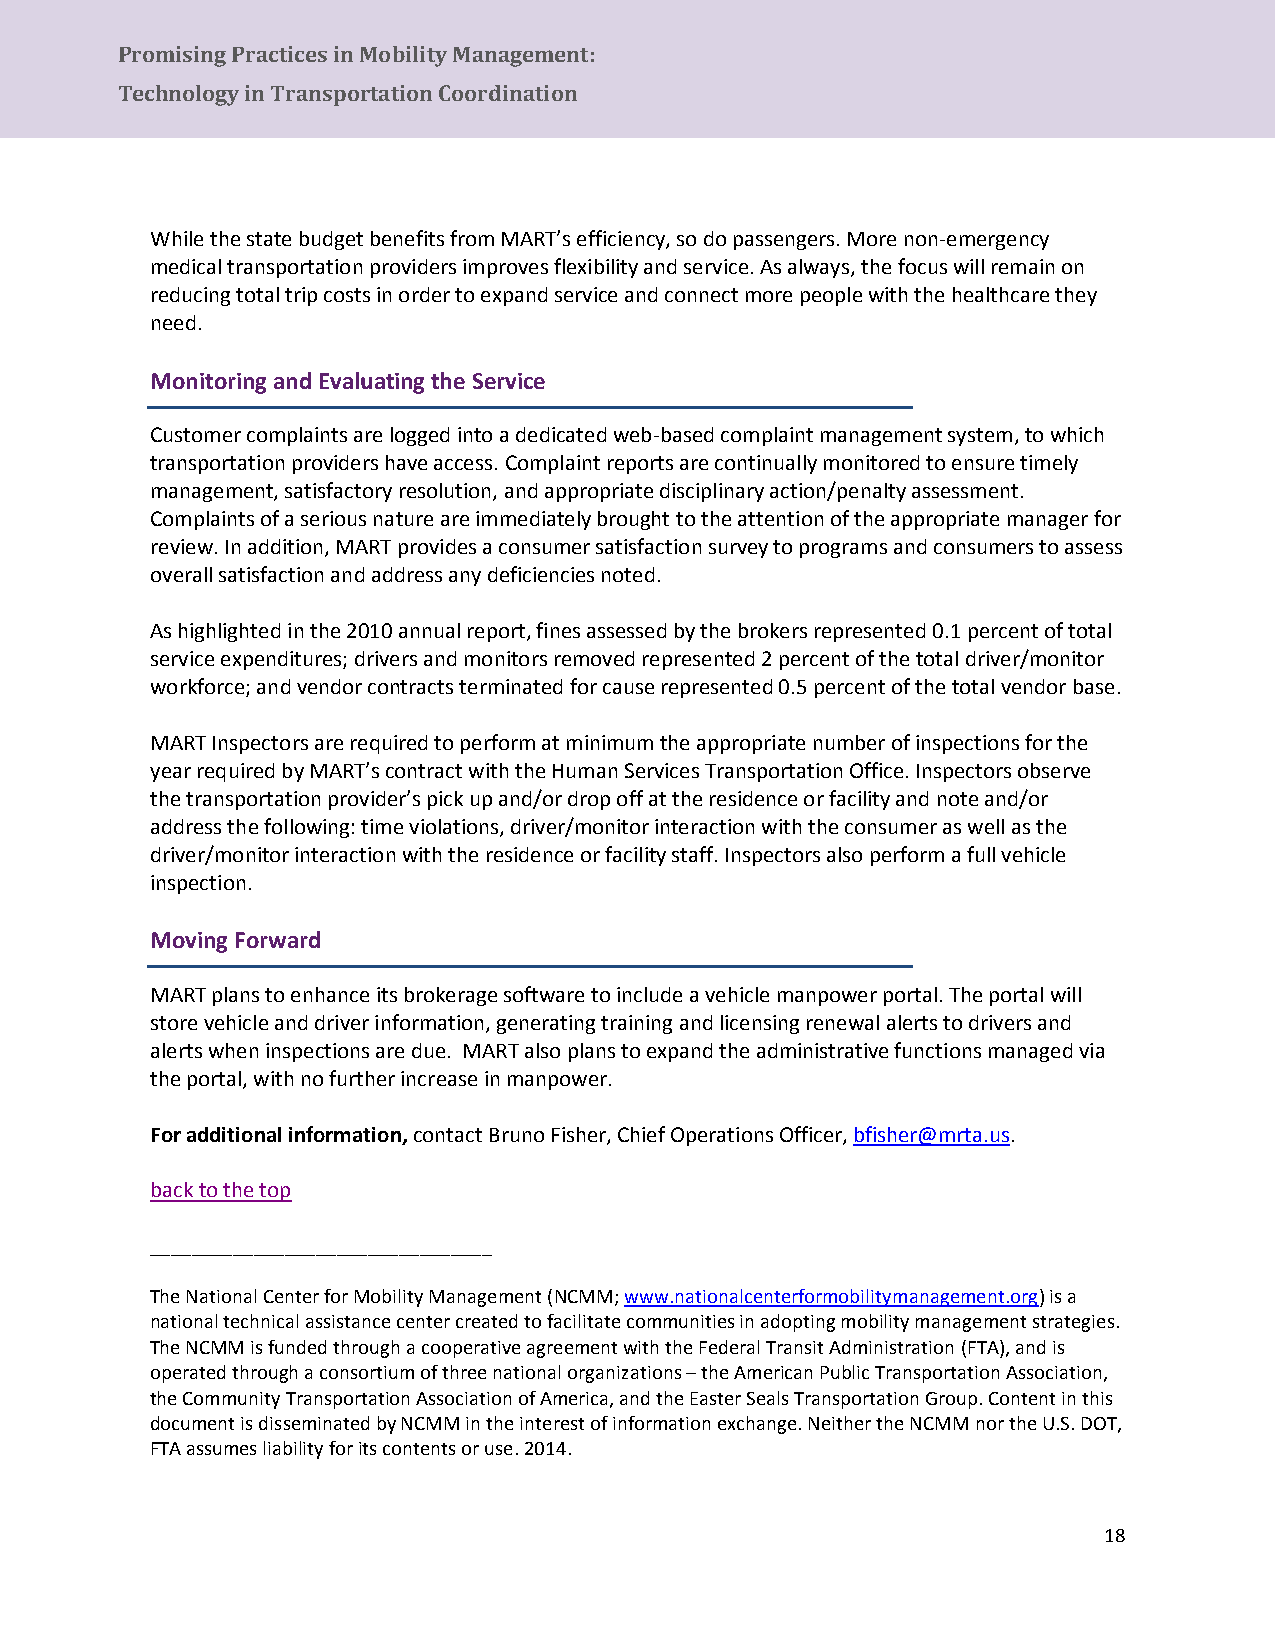
Promising Practices in Mobility Management:
 Tec hnology in Transportation Coordination
 While the state budget benefits from MART’s efficiency, so do passengers. More non-emergency
 medical transportation providers improves flexibility and service. As always, the focus will remain on
 reducing total trip costs in order to expand service and connect more people with the healthcare they
 need.
 Monitoring and Evaluating the Service
 Customer complaints are logged into a dedicated web-based complaint management system, to which
 transportation providers have access. Complaint reports are continually monitored to ensure timely
 management, satisfactory resolution, and appropriate disciplinary action/penalty assessment.
 Complaints of a serious nature are immediately brought to the attention of the appropriate manager for
 review. In addition, MART provides a consumer satisfaction survey to programs and consumers to assess
 overall satisfaction and address any deficiencies noted.
 As highlighted in the 2010 annual report, fines assessed by the brokers represented 0.1 percent of total
 service expenditures; drivers and monitors removed represented 2 percent of the total driver/monitor
 workforce; and vendor contracts terminated for cause represented 0.5 percent of the total vendor base.
 MART Inspectors are required to perform at minimum the appropriate number of inspections for the
 year required by MART’s contract with the Human Services Transportation Office. Inspectors observe
 the transportation provider’s pick up and/or drop off at the residence or facility and note and/or
 address the following: time violations, driver/monitor interaction with the consumer as well as the
 driver/monitor interaction with the residence or facility staff. Inspectors also perform a full vehicle
 inspection.
 Moving Forward
 MART plans to enhance its brokerage software to include a vehicle manpower portal. The portal will
 store vehicle and driver information, generating training and licensing renewal alerts to drivers and
 alerts when inspections are due. MART also plans to expand the administrative functions managed via
 the portal, with no further increase in manpower.
 For additional information, contact Bruno Fisher, Chief Operations Officer, bfisher@mrta.us.
 back to the top
 _________________________________
 The National Center for Mobility Management (NCMM; www.nationalcenterformobilitymanagement.org) is a
 national technical assistance center created to facilitate communities in adopting mobility management strategies.
 The NCMM is funded through a cooperative agreement with the Federal Transit Administration (FTA), and is
 operated through a consortium of three national organizations – the American Public Transportation Association,
 the Community Transportation Association of America, and the Easter Seals Transportation Group. Content in this
 document is disseminated by NCMM in the interest of information exchange. Neither the NCMM nor the U.S. DOT,
 FTA assumes liability for its contents or use. 2014.
 18